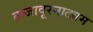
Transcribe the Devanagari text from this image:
तन्‍जावूरनाट्यम